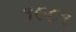
૧૯૮૧